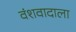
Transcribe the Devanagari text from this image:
वंशवादाला